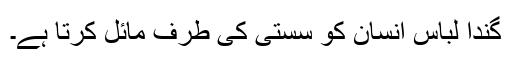
گندا لباس انسان کو سستی کی طرف مائل کرتا ہے۔